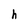
Character: h